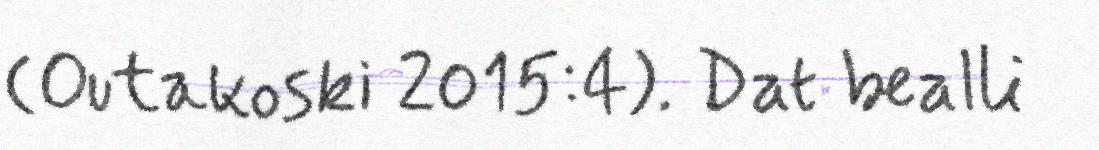
(Outakoski 2015:4). Dat bealli